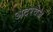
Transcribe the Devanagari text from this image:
अदरवेज